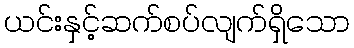
ယင်းနှင့်ဆက်စပ်လျက်ရှိသော